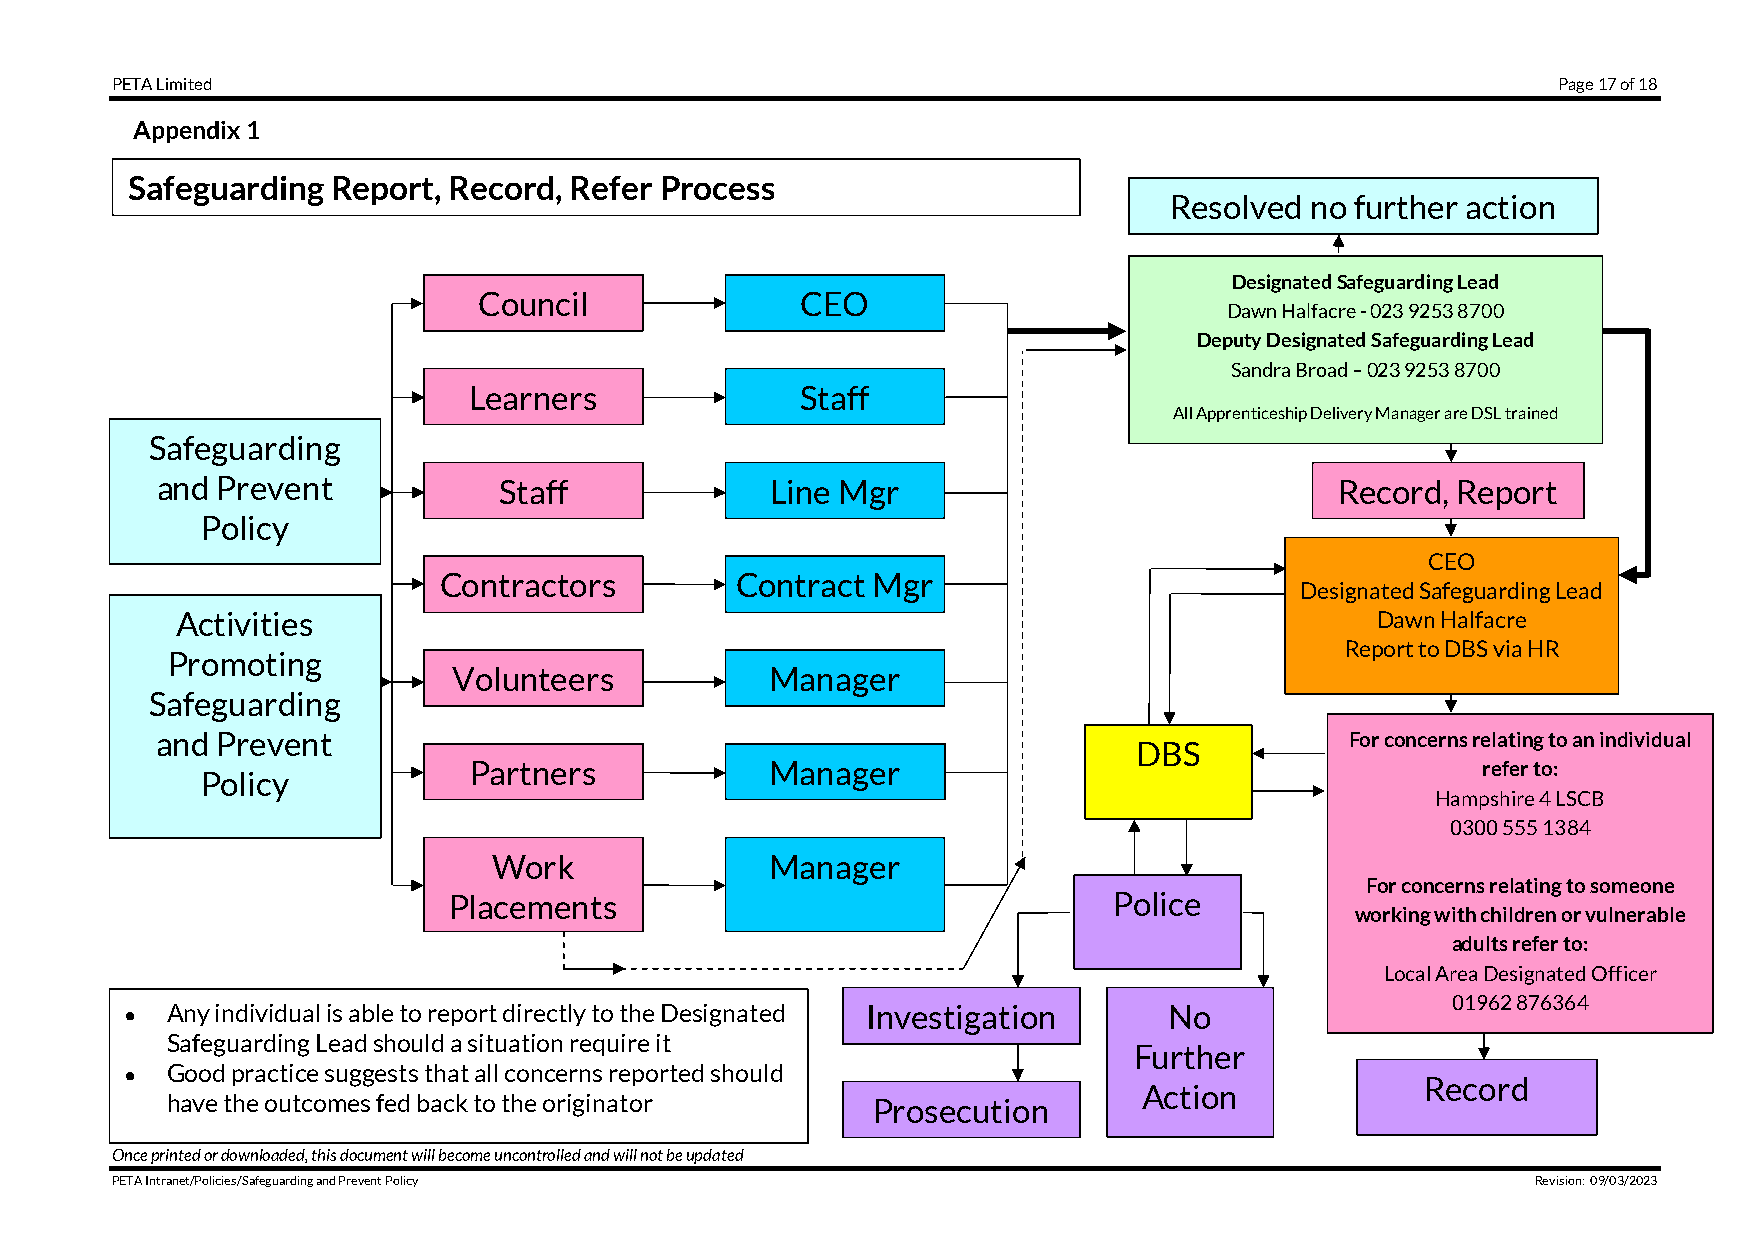
PETA Limited                                                                                    Page 17 of 18
 Appendix 1
 Safeguarding  Report, Record, Refer Process
 Resolved  no further action
 Designated Safeguarding Lead
 Council              CEO
 Dawn Halfacre - 023 9253 8700
 Deputy Designated Safeguarding Lead
 Sandra Broad – 023 9253 8700
 Learners              Staff
 All Apprenticeship Delivery Manager are DSL trained
 Safeguarding
 and Prevent            Staff             Line Mgr                              Record, Report
 Policy
 CEO
 Contractors         Contract Mgr
 Designated Safeguarding Lead
 Activities                                                                     Dawn Halfacre
 Report to DBS via HR
 Promoting
 Volunteers           Manager
 Safeguarding
 and Prevent                                                                    For concerns relating to an individual
 DBS
 Partners            Manager                                        refer to:
 Policy
 Hampshire 4 LSCB
 0300 555 1384
 Work              Manager
 For concerns relating to someone
 Placements                                  Police
 working with children or vulnerable
 adults refer to:
 Local Area Designated Officer
 01962 876364
 •  Any individual is able to report directly to the Designated Investigation No
 Safeguarding Lead should a situation require it
 Further
 •  Good practice suggests that all concerns reported should
 Record
 Action
 have the outcomes fed back to the originator   Prosecution
 Once printed or downloaded, this document will become uncontrolled and will not be updated
 PETA Intranet/Policies/Safeguarding and Prevent Policy                                         Revision: 09/03/2023